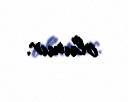
olunur.